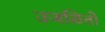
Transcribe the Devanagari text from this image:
उजळितो